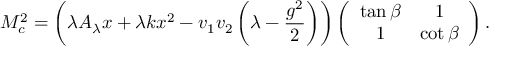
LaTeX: { \cal M } _ { c } ^ { 2 } = \left( \lambda A _ { \lambda } x + \lambda k x ^ { 2 } - v _ { 1 } v _ { 2 } \left( \lambda - \frac { g ^ { 2 } } { 2 } \right) \right) \left( \begin{array} { c c } { { \tan \beta } } & { { 1 } } \\ { { 1 } } & { { \cot \beta } } \end{array} \right) .